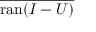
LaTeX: \overline { { \operatorname { r a n } ( I - U ) } }